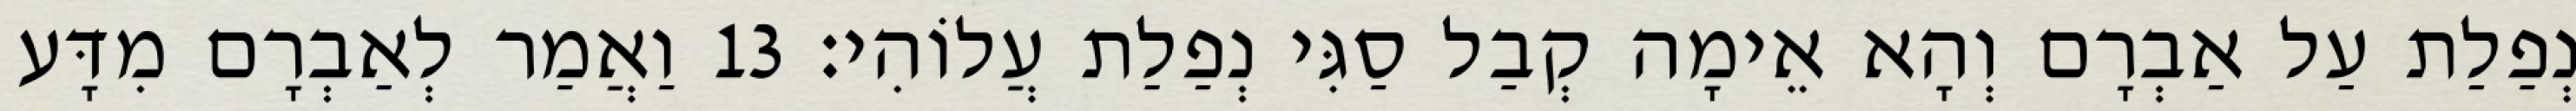
נְפַלַת עַל אַבְרָם וְהָא אֵימָה קְבַל סַגִּי נְפַלַת עֲלוֹהִי׃ 13 וַאֲמַר לְאַבְרָם מִדָּע